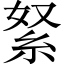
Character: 䋈